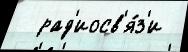
  рад'иосв'я́з'и